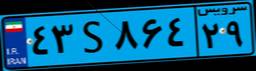
۹۱S۰۵۳۶۴